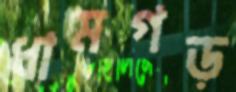
ধামগড়